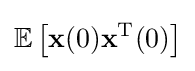
\mathbb {E} \left[{\mathbf {x} }(0){\mathbf {x} }^{\mathrm {T} }(0)\right]